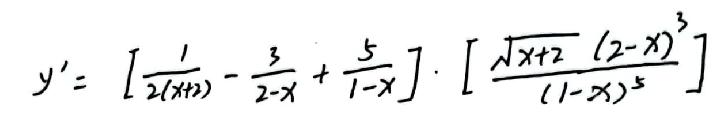
\[ y' = \left[ \frac{1}{2(x + 2)} - \frac{3}{2 - x} + \frac{5}{1 - x} \right] \cdot \left[ \frac{\sqrt{x + 2}(2 - x)^{3}}{(1 - x)^{5}} \right] \]